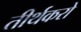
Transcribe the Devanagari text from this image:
तीर्थकरो